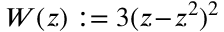
W ( z ) : = 3 ( z \! - \! z ^ { 2 } ) ^ { 2 }